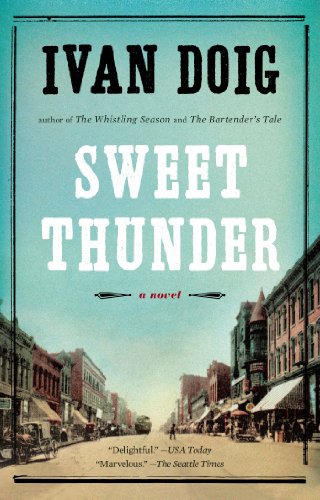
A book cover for Sweet Thunder; Ivan Doig; Literature & Fiction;